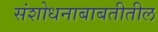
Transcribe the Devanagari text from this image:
संशोधनाबाबतीतील